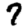
Digit: 7